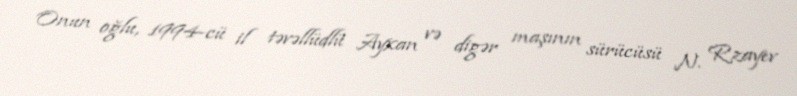
Onun oğlu, 1994-cü il təvəllüdlü Ayxan və digər maşının sürücüsü N. Rzayev